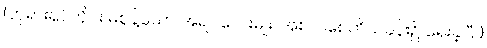
(ဘုရားရှင်တိုင်း မစွန့်သော အရပ်လေးမျိုး၊ အစလစေတိယခန်း၌ ရေးခဲ့ပြီ။)